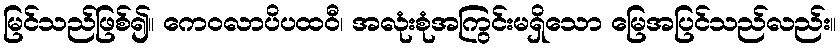
မြင်သည်ဖြစ်၍။ ကေဝလာပိပထဝီ၊ အလုံးစုံအကြွင်းမရှိသော မြေအပြင်သည်လည်း။